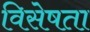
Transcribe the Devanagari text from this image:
विसेषता